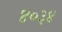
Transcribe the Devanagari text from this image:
४०३४